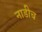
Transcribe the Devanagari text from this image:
नाडीच